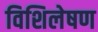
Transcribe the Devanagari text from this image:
विशिलेषण